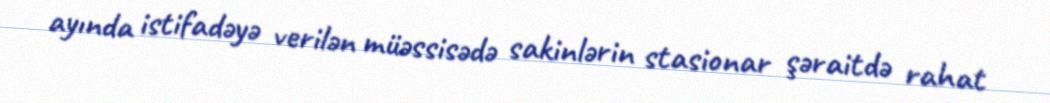
ayında istifadəyə verilən müəssisədə sakinlərin stasionar şəraitdə rahat